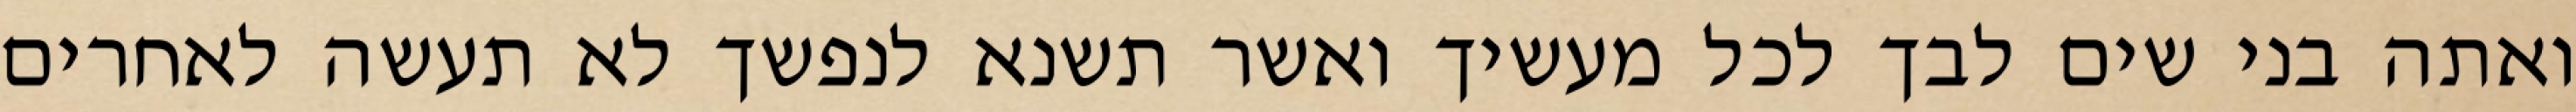
ואתה בני שים לבך לכל מעשיך ואשר תשנא לנפשך לא תעשה לאחרים